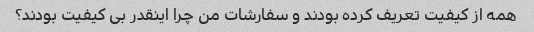
همه از کیفیت تعریف کرده بودند و سفارشات من چرا اینقدر بی کیفیت بودند؟